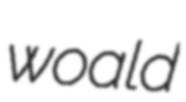
woald